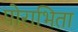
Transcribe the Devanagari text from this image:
पोराभिता